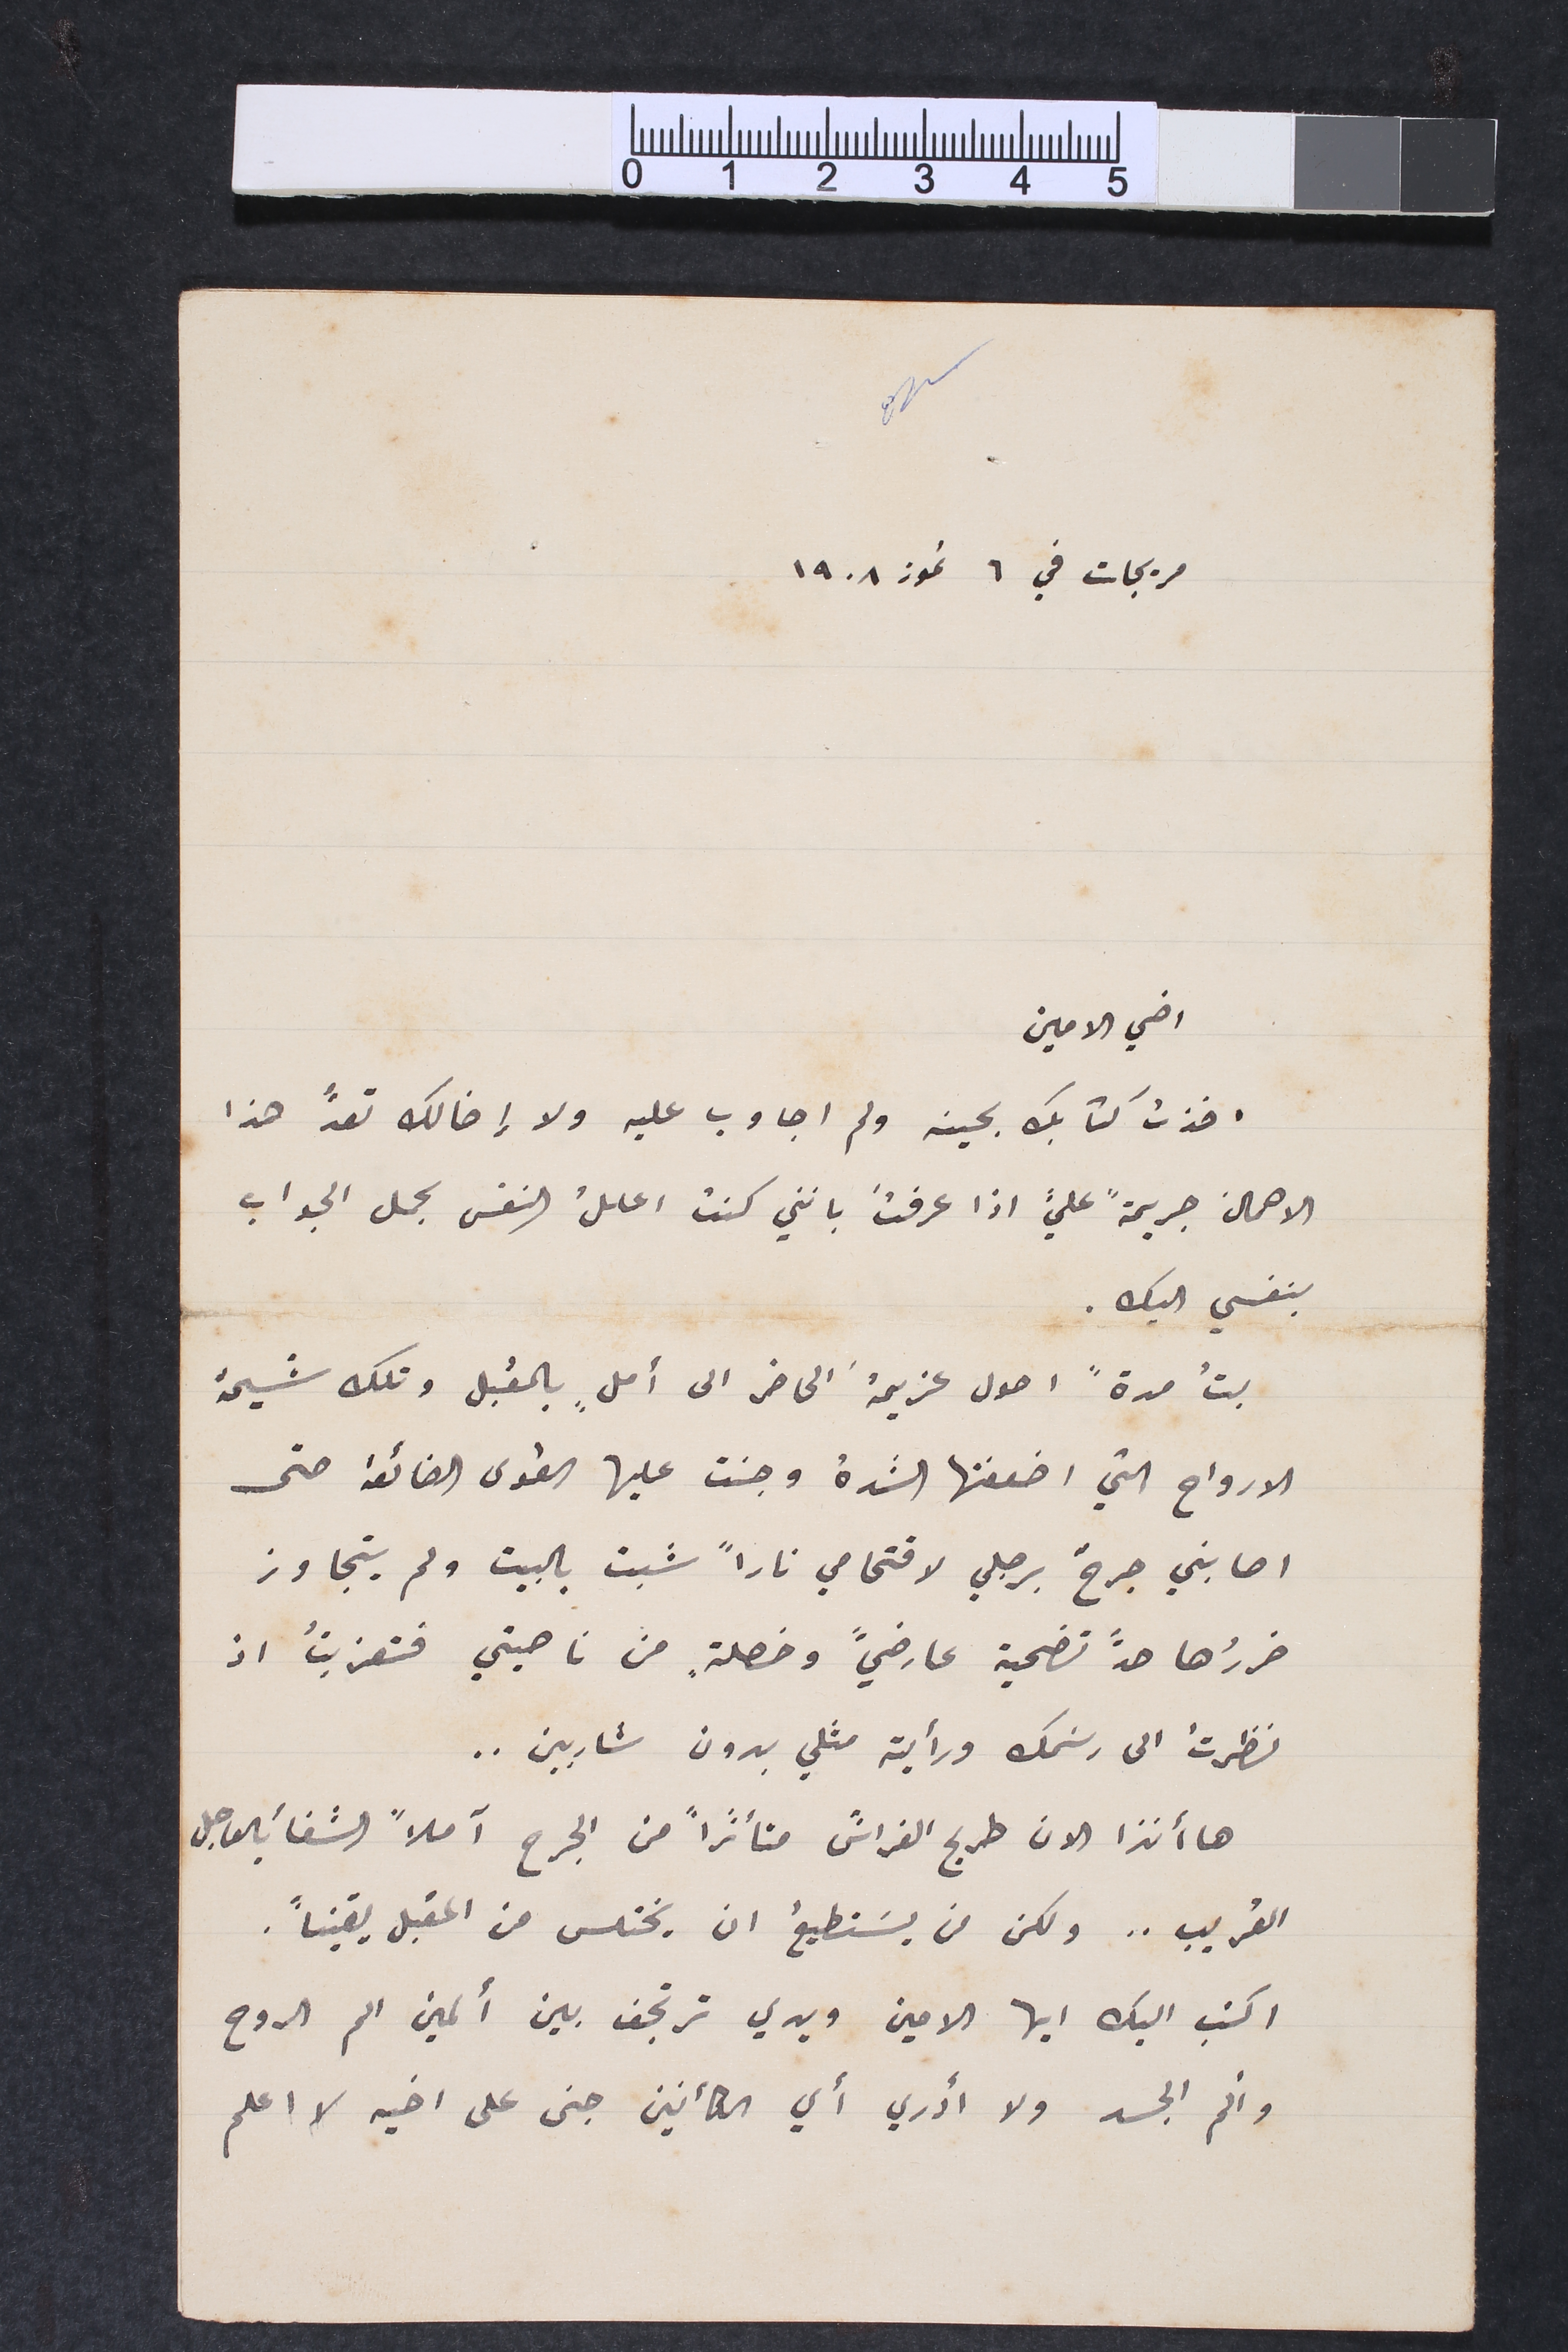
مريجات في ٦ تموز ١٩٠٨
اخي الامين
اخذت كتابك بحينه ولم اجاوب عليه ولا إخالك تعدُّ هذا
الاهمال جريمةً عليَّ اذا عرفتَ بانني كنت اعللُ النفس بحمل الجواب
بنفسي اليك.
بتُ مدةً احول عزيمهُ الحاضر الى أملِ بالمقبل وتلك شيمة
الارواح التي اضعفتها الشدة وجنت علييها القوى الضائعة حتى
اصابني جرحٌ برجلي لاقتحامي ناراً شبت بالبيت ولم يتجاوز
ضررُها حدً تضحية عارضيً وخصلة. من ناحيتي فتعزيتُ اذ
نظرتُ الى رسَمك ورأيته مثلي بدون شاربين..
ها أنذا الان طريح الفراش متأثراً من الجرح آملاً الشفأ بالعاجل
القريب.. ولكن من يستطيعُ ان يختلس من المقبل يقيناً.
اكتب اليك ايها الامين ويدي ترتجف بين ألمين الم الروح
وألم الجسد ولا ادري أي الكائنين جنى على اخيه لا اعلم